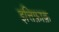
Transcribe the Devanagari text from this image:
इत्तिफ़ाक़